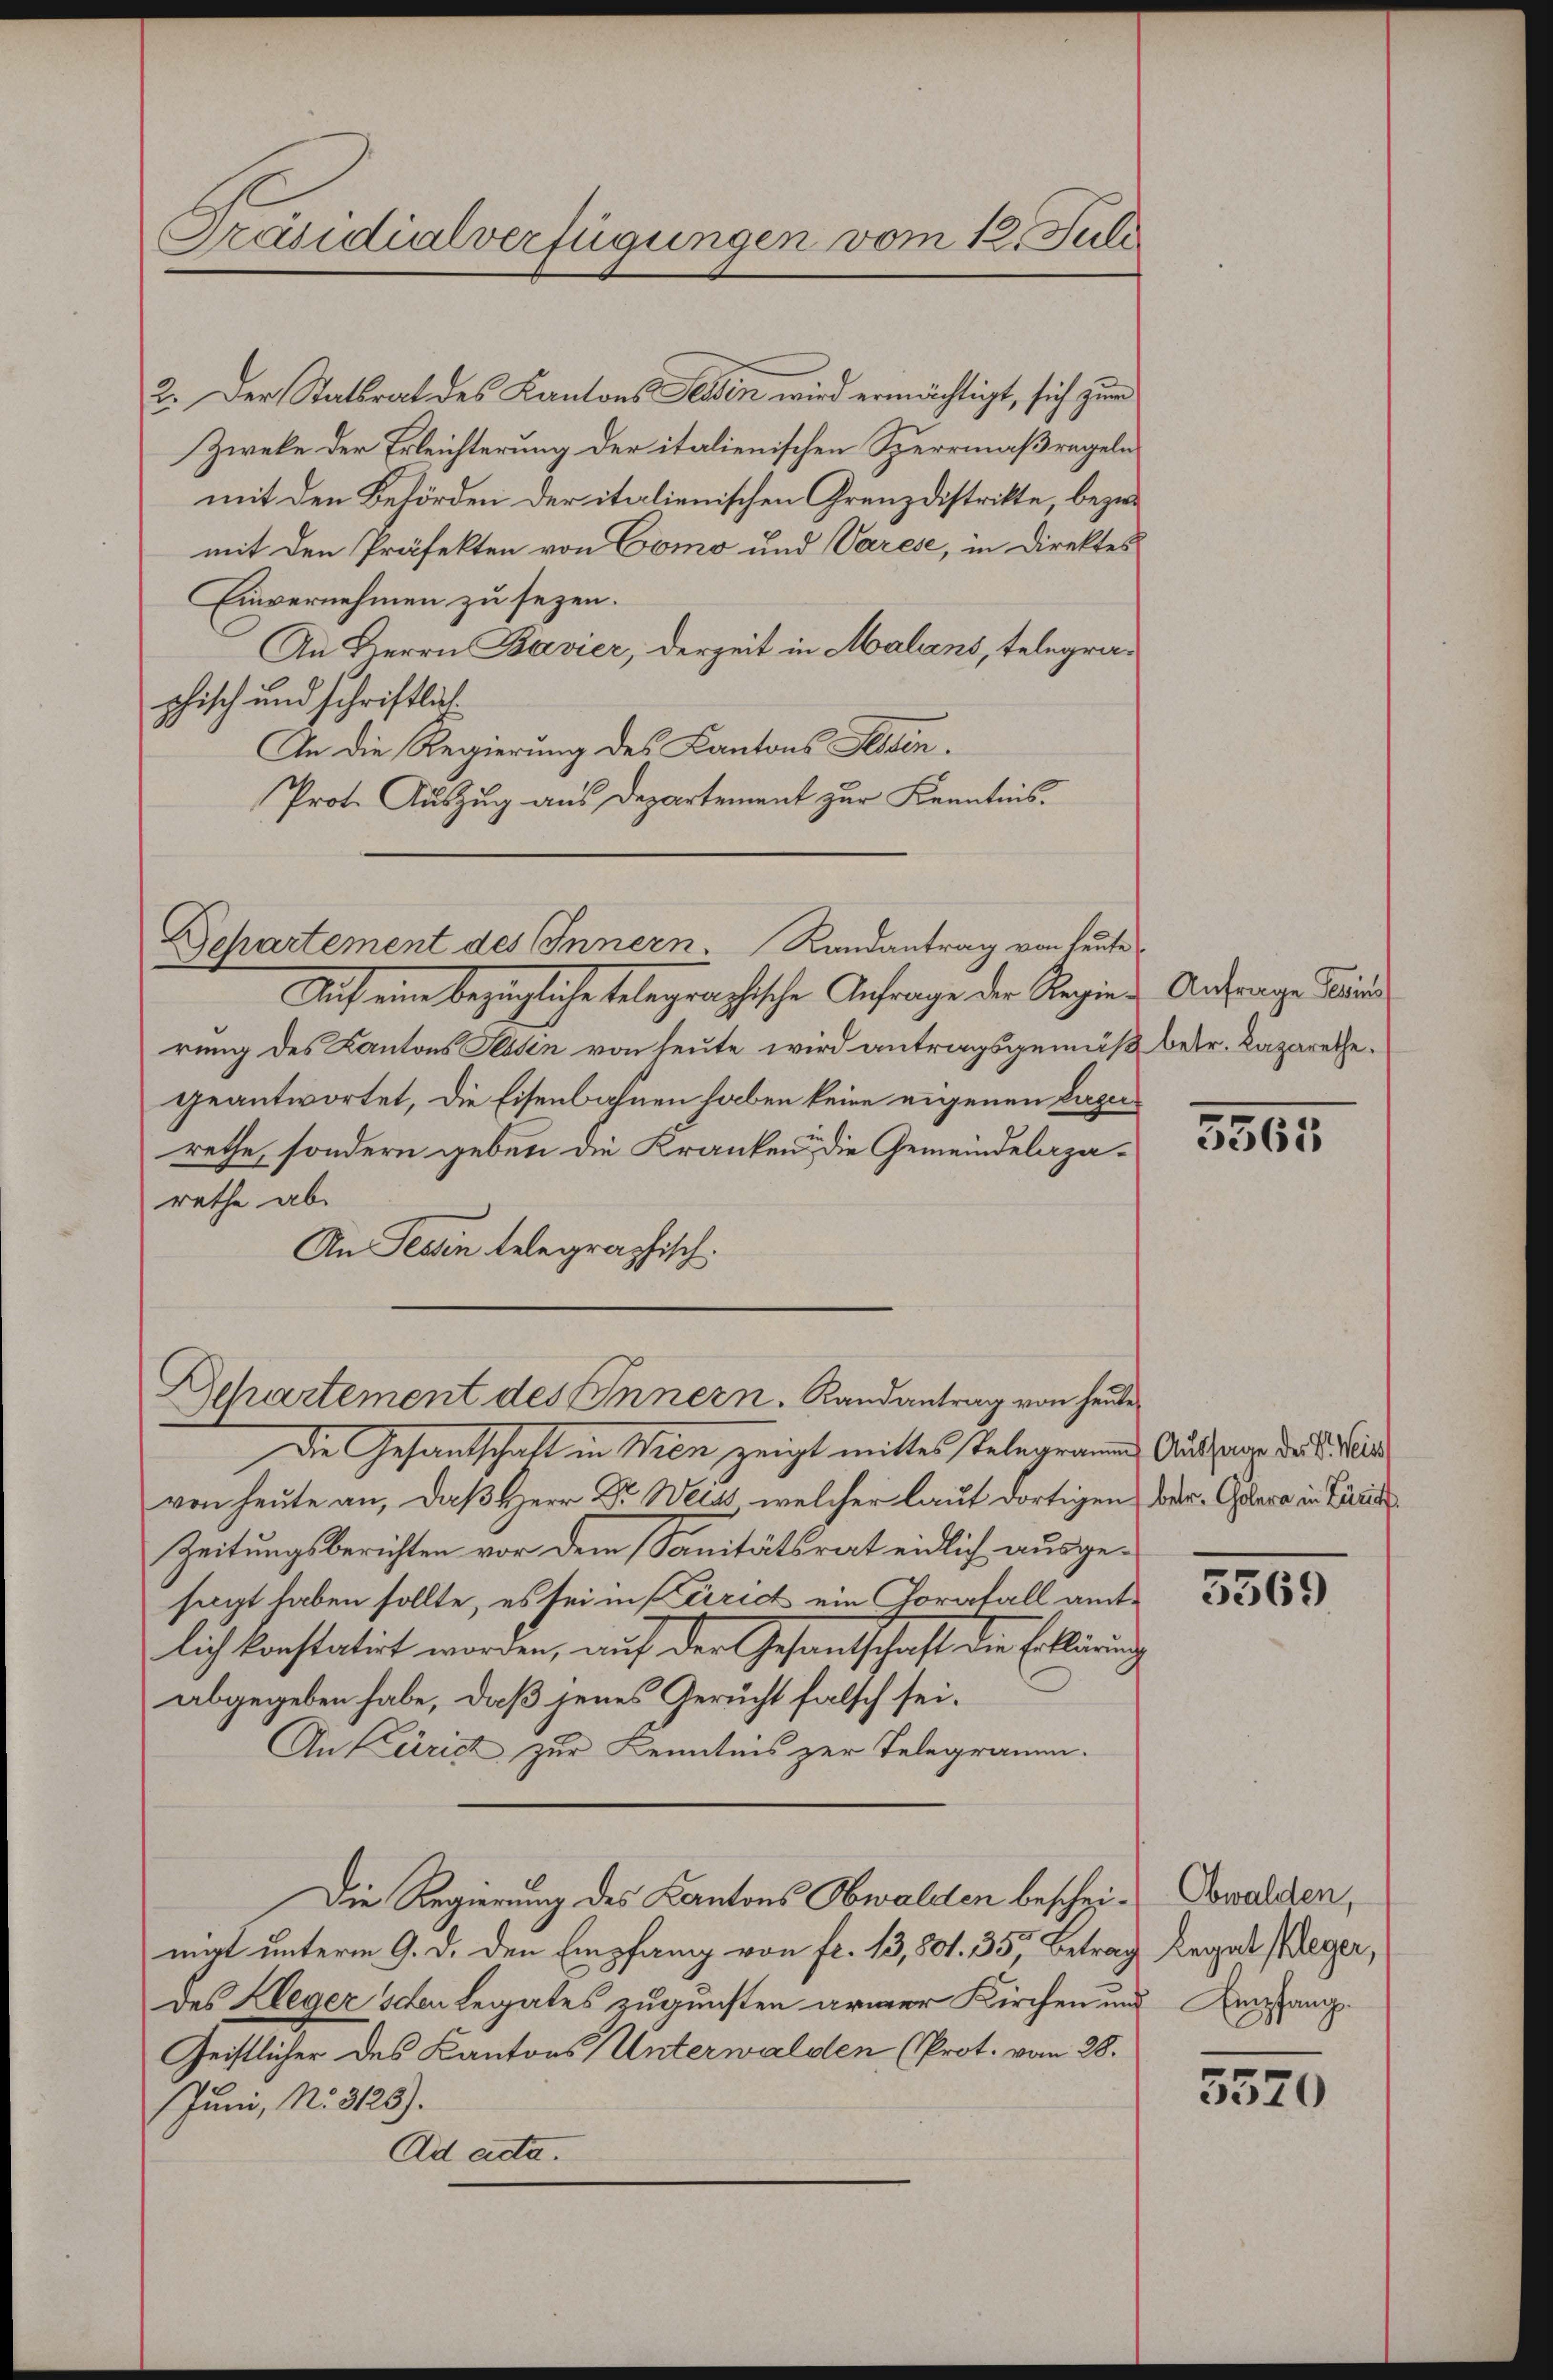
Präsidialverfügungen vom 12. Juli

2. Der Statsrat des Kantons Tessin wird ermächtigt, sich zur
Zweke der Erleichterung der italienischen Sperrmaßregeln
mit den Behörden der italienischen Grenz distrikte, bezwe
mit den Präfekten von Como und Varese, in Direktes
Einvernehmen zu sezen.
An Herrn Bavier, derzeit in Malans, telegraphisch und schriftlich.
An die Regierung des Kantons Aesten.
Prot. Auszug aus Departement zur Kenntnis.

Departement des Innern. Randantrag von heute

Behartement des Innern. Randantrag von heute

Auf eine bezügliche telegraphische Anfrage der Regier Anfrage Kind
rung des Kantons Tessin von heute wird antragsgemäß betr. Lazarethegeantwortet, die Eisenbahnen haben keine eigenen Lagerrethe, sondern geben die Kranken die Gemeindelazarethe ab.
An Tessin telegraphisch.

Die Gesandschaft in Wien zeigt mittes Telegramm, Ausspran der Seide
von heute an, daß Herr Dr. Mits, welcher laut dortigen Ver-Graca in Züric
Zeitungsberichten vor dem Sanitätsrat eidlich ausgesagt haben sollte, es sei in Curich ein Gorafall amtlich konstatirt worden, auf der Gesandtschaft die Erklärung
abgegeben habe, daß jenes Gerucht falsch sei.
An Kurist zur Kenntnis zur Telegramm.
Die Regierung des Kantons Obwalden bescheimirt unterm 9. d. den Empfang von fr. 13,801. 35, Betrag Regal Weger,
des Kleger Schen Legates zugunsten armer Kirchen und Anstan¬
Geistlicher des Kantons Unterwalden (Prot. vom 28.
Juni, No. 3125).
Ad acta.

3565

5369

Obwalden,

5520